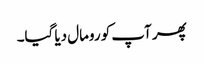
پھر آپ کو رومال دیا گیا۔